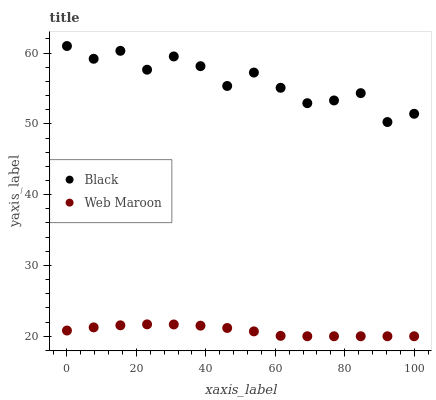
| xaxis_label | Black | Web Maroon |
 | --- | --- | --- |
 | 0 | 61 | 20.8 |
 | 7.69 | 59.2 | 21.3 |
 | 15.4 | 60.3 | 21.5 |
 | 23.1 | 57.7 | 21.7 |
 | 30.8 | 59.5 | 21.7 |
 | 38.5 | 58.2 | 21.5 |
 | 46.2 | 55.4 | 21.2 |
 | 53.8 | 57.3 | 20.7 |
 | 61.5 | 55.1 | 20.1 |
 | 69.2 | 52.9 | 20 |
 | 76.9 | 53.3 | 20 |
 | 84.6 | 54.3 | 20 |
 | 92.3 | 50.3 | 20 |
 | 100 | 51.4 | 20 |